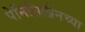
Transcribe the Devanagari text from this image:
पेनिसिलीनच्या